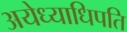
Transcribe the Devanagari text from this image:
अयेध्याधिपति